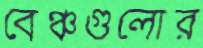
বেঞ্চগুলোর